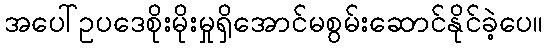
အပေါ်ဥပဒေစိုးမိုးမှုရှိအောင်မစွမ်းဆောင်နိုင်ခဲ့ပေ။